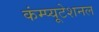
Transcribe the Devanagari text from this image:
कंम्‍प्‍यूटेशनल